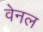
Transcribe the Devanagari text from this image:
वेनल